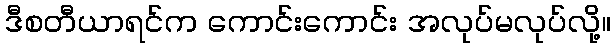
ဒီစတီယာရင်က ကောင်းကောင်း အလုပ်မလုပ်လို့။